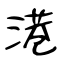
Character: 港